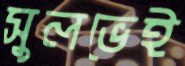
সুলভেই